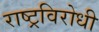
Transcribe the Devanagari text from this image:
राष्‍ट्रविरोधी